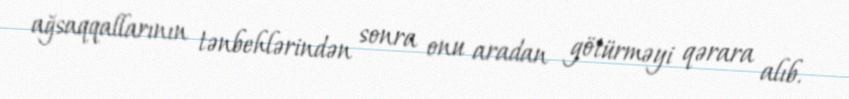
ağsaqqallarının tənbehlərindən sonra onu aradan götürməyi qərara alıb.